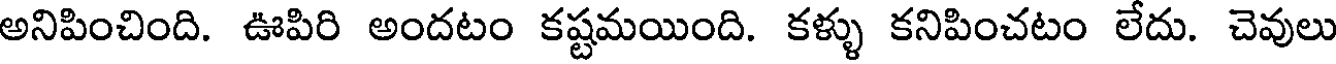
అనిపించింది. ఊపిరి అందటం కష్టమయింది. కళ్ళు కనిపించటం లేదు. చెవులు